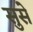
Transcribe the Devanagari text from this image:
सुसे